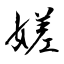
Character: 嫅